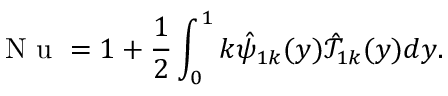
\mathrm { ~ N ~ u ~ } = 1 + \frac { 1 } { 2 } \int _ { 0 } ^ { 1 } k \hat { \psi } _ { 1 k } ( y ) \hat { \mathcal { T } } _ { 1 k } ( y ) d y .